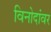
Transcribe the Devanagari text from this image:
विनोदांवर